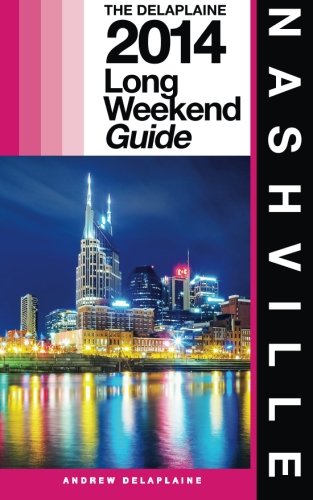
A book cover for NASHVILLE - The Delaplaine 2014 Long Weekend Guide (Long Weekend Guides); Andrew Delaplaine; Travel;